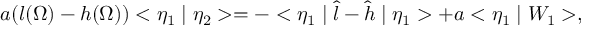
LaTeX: a ( l ( \Omega ) - h ( \Omega ) ) < \eta _ { 1 } \mid \eta _ { 2 } > = - < \eta _ { 1 } \mid \hat { l } - \hat { h } \mid \eta _ { 1 } > + a < \eta _ { 1 } \mid W _ { 1 } > ,